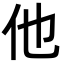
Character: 他